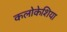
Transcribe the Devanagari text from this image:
कलोकेशिया